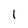
Character: 1